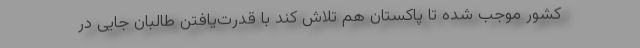
کشور موجب شده تا پاکستان هم تلاش کند با قدرت‌یافتن طالبان جایی در